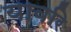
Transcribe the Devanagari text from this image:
यावरि